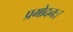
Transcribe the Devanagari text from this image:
प्रमोदनः।